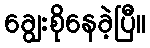
ချွေးစိုနေခဲ့ပြီ။